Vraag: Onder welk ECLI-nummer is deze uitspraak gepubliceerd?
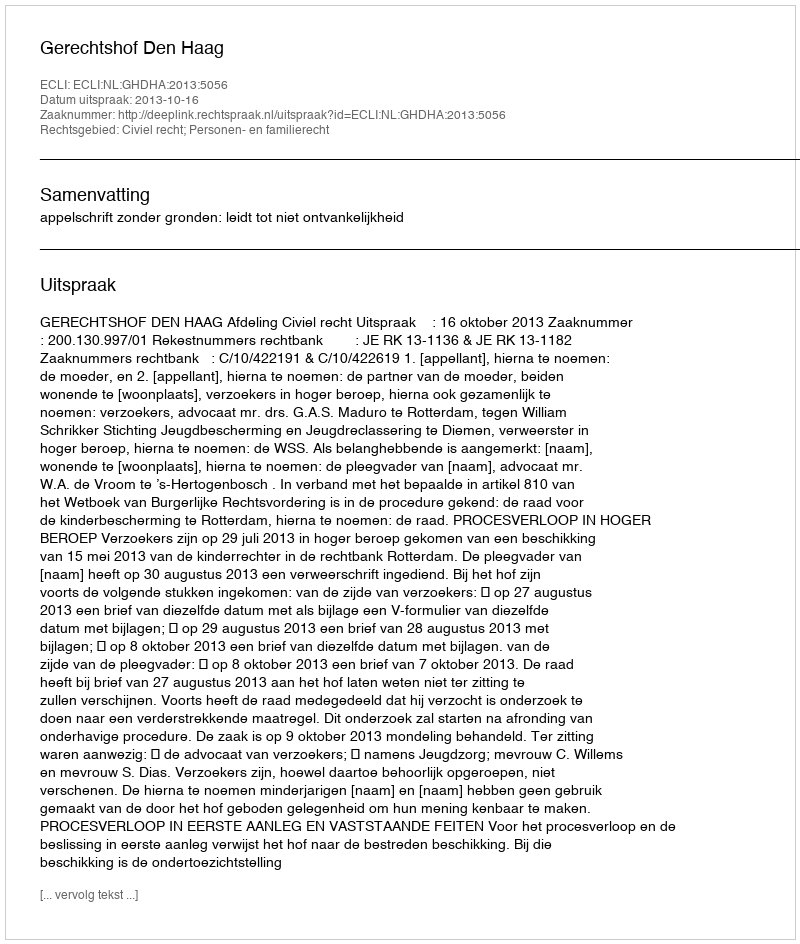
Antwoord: ECLI:NL:GHDHA:2013:5056